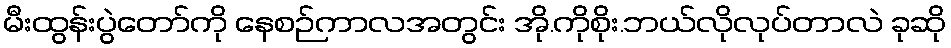
မီးထွန်းပွဲတော်ကို နေစဉ်ကာလအတွင်း အို.ကိုစိုး.ဘယ်လိုလုပ်တာလဲ ခုဆို